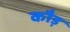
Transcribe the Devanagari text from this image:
कौड़